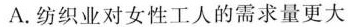
A.纺织业对女性工人的需求量更大